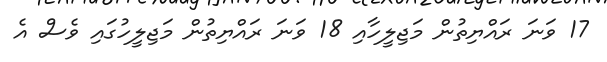
17 ވަނަ ރައްޔިތުން މަޖިލީހާއި 18 ވަނަ ރައްޔިތުން މަޖިލީހުގައި ވެސް އެ